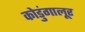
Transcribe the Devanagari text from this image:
कोडुंगालूर